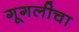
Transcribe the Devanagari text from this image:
गूगलीचा